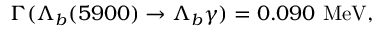
\Gamma ( \Lambda _ { b } ( 5 9 0 0 ) \to \Lambda _ { b } \gamma ) = 0 . 0 9 0 \mathrm { ~ M e V } ,